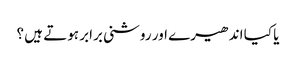
یا کیا اندھیرے اور روشنی برابر ہوتے ہیں ؟